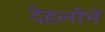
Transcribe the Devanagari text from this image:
देहलोभें